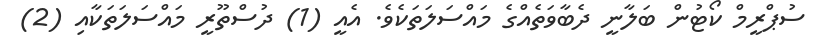
ސުޕްރީމް ކޯޓުން ބަލާނީ ދެބާވަތެއްގެ މައްސަލަތަކެެވެ. އެއީ (1) ދުސްތޫރީ މައްސަލަތަކާއި (2)